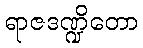
ရာဇဒဏ္ဍိတော